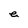
Character: e